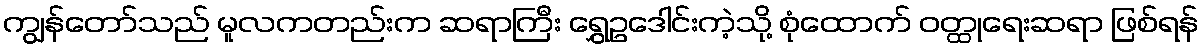
ကျွန်တော်သည် မူလကတည်းက ဆရာကြီး ရွှေဥဒေါင်းကဲ့သို့ စုံထောက် ဝတ္ထုရေးဆရာ ဖြစ်ရန်